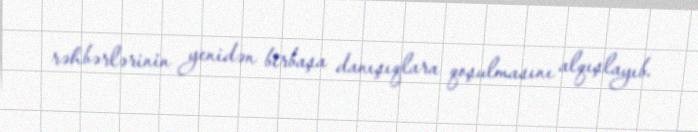
rəhbərlərinin yenidən birbaşa danışıqlara qoşulmasını alqışlayıb.